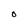
Character: O